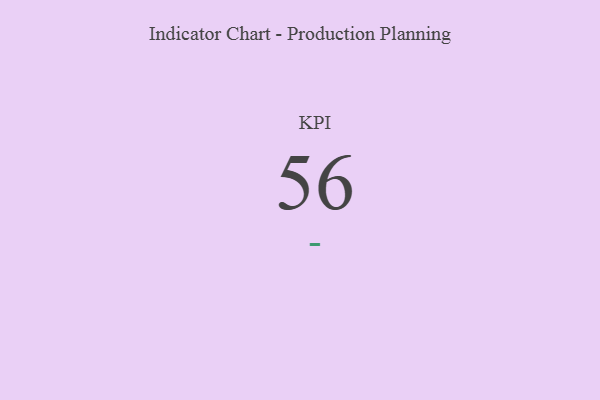
{"axis": {"x": "KPI", "y": "Value"}, "legend": [""], "data": [{"x": "KPI", "y": 56, "type": ""}]}